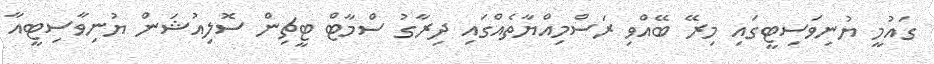
ގައުމީ ޔުނިވަސިޓީގައި މިރޭ ބޭއްވި ރަސްމިއްޔާތެއްގައި ދިރާގު ސްމާޓް ޓީޗިން ސޮލިއުޝަން ޔުނިވާސިޓީއާ